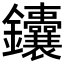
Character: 𬬥